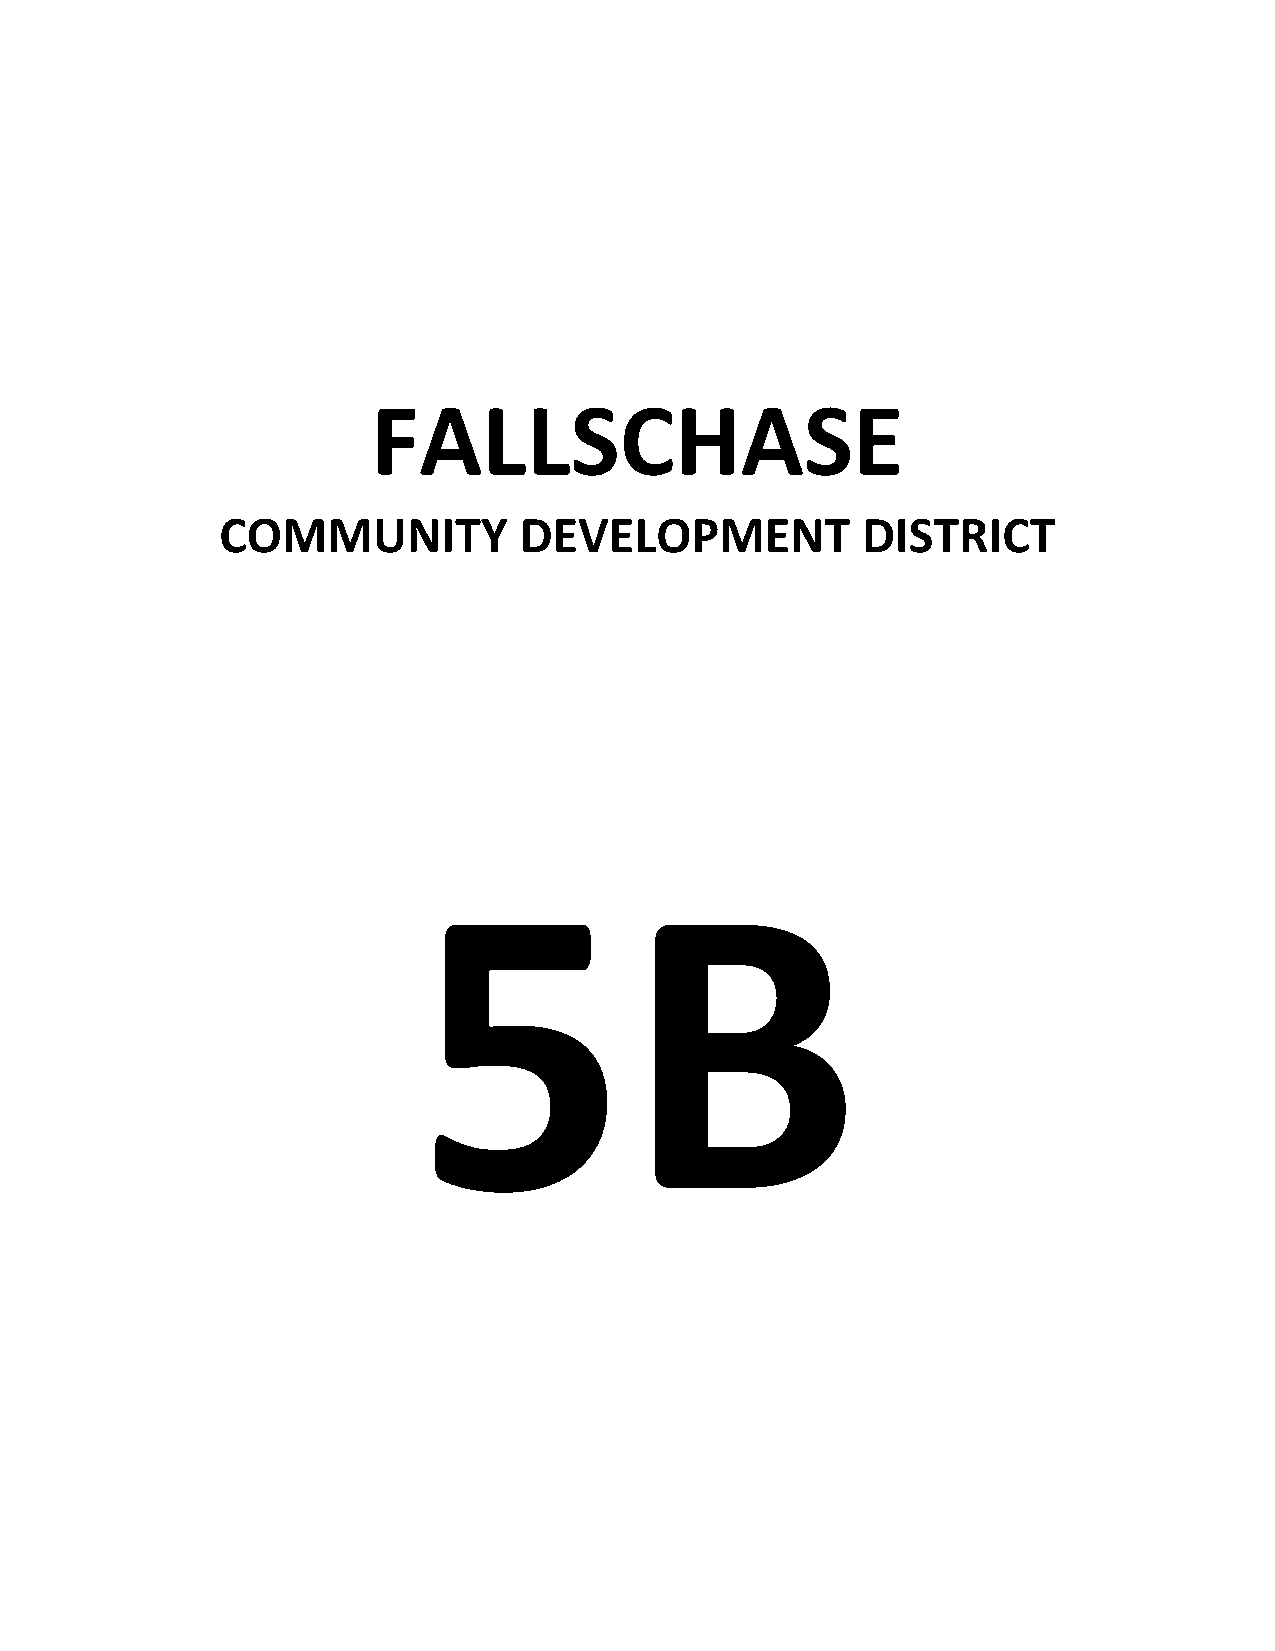
FALLSCHASE
 COMMUNITY          DEVELOPMENT            DISTRICT
 5B